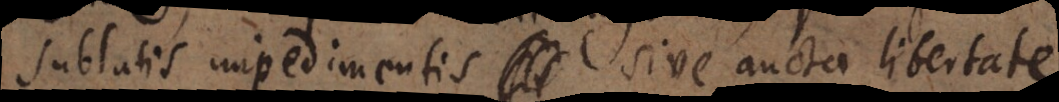
sublatis impedimentis sive aucta libertate